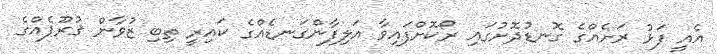
އެއީ ފަޅު ރަށެއްގެ ގޮނޑުދޮށުގައި ރޯކޮށްފައިވާ އަލިފާންގަނޑެއްގެ ކައިރީ ތިބި ޒުވާން ޤުރޫޕެއްގެ